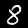
Label: 8